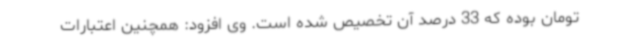
تومان بوده که 33 درصد آن تخصیص شده است. وی افزود: همچنین اعتبارات